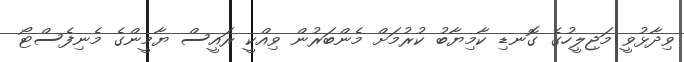
ވިދާޅުވީ މަޖިލީހުގެ ގޮނޑި ކާމިޔާބު ކުރުމަށް މެންބަރުން ވިއްކީ ރައީސް ޔާމީންގެ މެނިފެސްޓޯ